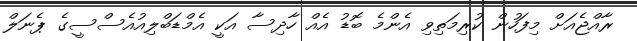
ރާއްޖެއަށް މިފަހުން ކުރިމަތިވި އެންމެ ބޮޑު އެއް ހާދިސާ އަކީ އެމްޑަބްލިއުއެސްސީގެ ޕެނަލް